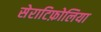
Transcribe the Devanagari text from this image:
सेराटिफ़ोलिया